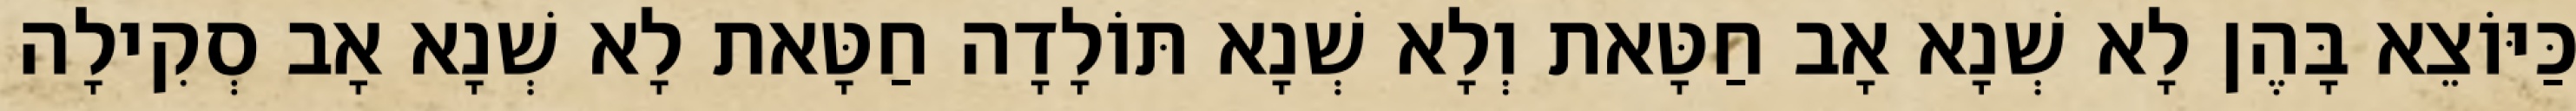
כַּיּוֹצֵא בָּהֶן לָא שְׁנָא אָב חַטָּאת וְלָא שְׁנָא תּוֹלָדָה חַטָּאת לָא שְׁנָא אָב סְקִילָה